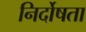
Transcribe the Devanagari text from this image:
निर्दोषता